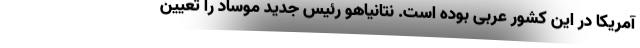
آمریکا در این کشور عربی بوده است. نتانیاهو رئیس جدید موساد را تعیین